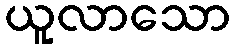
ယူလာသော